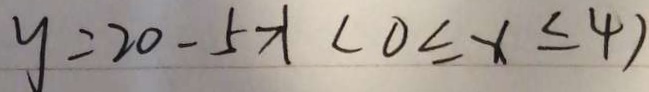
y = 2 0 - 5 x ( 0 \leq x \leq 4 )